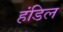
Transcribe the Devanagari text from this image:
हंडिल